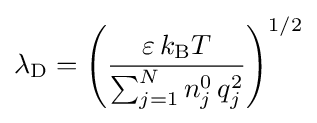
\lambda _{\text{D}}=\left({\frac {\varepsilon \,k_{\text{B}}T}{\sum _{j=1}^{N}n_{j}^{0}\,q_{j}^{2}}}\right)^{1/2}